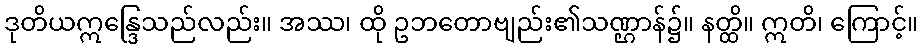
ဒုတိယဣန္ဒြေသည်လည်း။ အဿ၊ ထို ဥဘတောဗျည်း၏သဏ္ဌာန်၌။ နတ္ထိ။ ဣတိ၊ ကြောင့်။